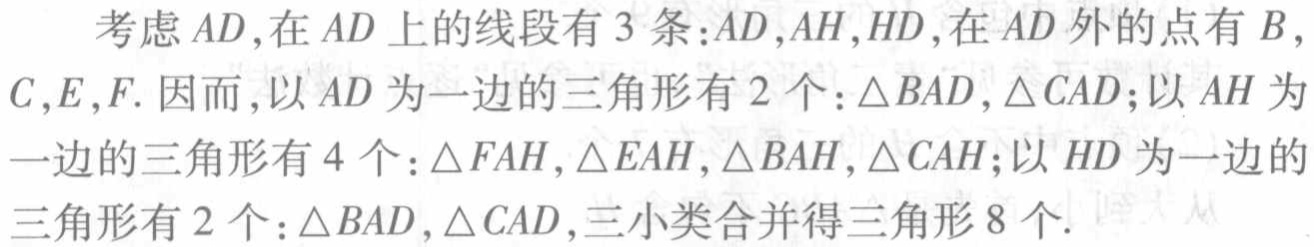
考虑 \(AD\)，在 \(AD\) 上的线段有 \(3\) 条：\(AD\)，\(AH\)，\(HD\)，在 \(AD\) 外的点有 \(B\)，\(C\)，\(E\)，\(F\). 因而，以 \(AD\) 为一边的三角形有 \(2\) 个：\(\triangle BAD\)，\(\triangle CAD\)；以 \(AH\) 为一边的三角形有 \(4\) 个：\(\triangle FAH\)，\(\triangle EAH\)，\(\triangle BAH\)，\(\triangle CAH\)；以 \(HD\) 为一边的三角形有 \(2\) 个：\(\triangle BAD\)，\(\triangle CAD\)，三小类合并得三角形 \(8\) 个.